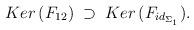
LaTeX: \begin{align*}Ker\,(F_{12})\; \supset\; Ker\,(F_{id_{\Sigma_1}}) . \end{align*}